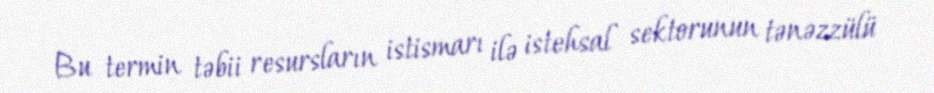
Bu termin təbii resursların istismarı ilə istehsal sektorunun tənəzzülü